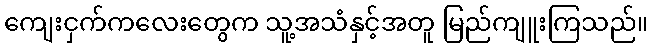
ကျေးငှက်ကလေးတွေက သူ့အသံနှင့်အတူ မြည်ကျူးကြသည်။